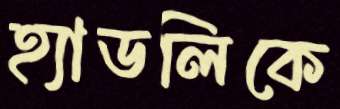
হ্যাডলিকে